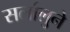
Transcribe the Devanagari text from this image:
सर्लालुने